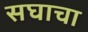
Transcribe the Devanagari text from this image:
सघाचा